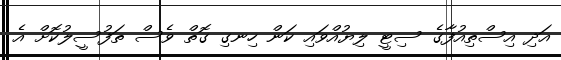
އަދި އިސްތިއުފާގެ ސިޓީ ލިޔުއްވައި ކަން ހިނގި ގޮތް ވެސް ތަފުސީލުކޮށް އެ